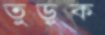
তুড়ুক